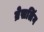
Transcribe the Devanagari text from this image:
व्रेसलिंग